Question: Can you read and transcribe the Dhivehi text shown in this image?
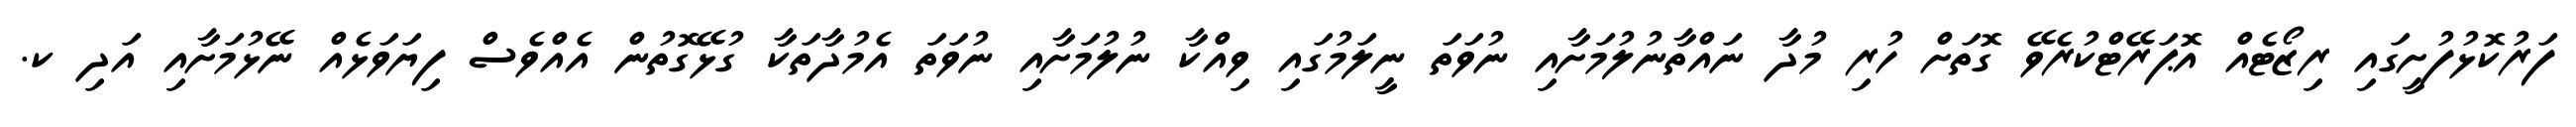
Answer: ފަރުކޮޅުފުށީގައި ރިޒޯޓެއް އޮޕަރޭޓްކުރެވޭ ގޮތަށް ހުރި މުދާ ނައްތާނުލުމަށާއި ނުވަތަ ނީލަމުގައި ވިއްކާ ނުލުމަށާއި ނުވަތަ އެމުދާތަކާ ގުޅޭގޮތުން އެއްވެސް ފިޔަވަޅެއް ނޭޅުމަށާއި އަދި ކ.